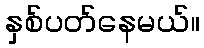
နှစ်ပတ်နေမယ်။